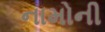
નામોની